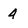
Character: 4